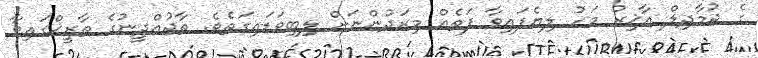
ގެ ޖުމާދިލް އާޚިރު މަހު ލިޔެފައިވާ ފަތެއް މިރަދުންނަށް ލިބިވަޑައިގަތެވެ. ތާޖުއްދީނުގެ ތާރީޚްގައިވާ